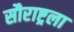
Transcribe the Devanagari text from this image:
सौराष्ट्रला